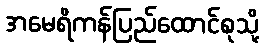
အမေရိကန်ပြည်ထောင်စုသို့